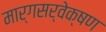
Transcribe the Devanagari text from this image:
मार्गसर्वेक्षण